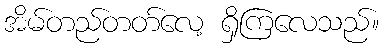
အိမ်တည်တတ်လေ့ ရှိကြလေသည်။